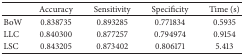
<table><thead><tr><td><b> </b></td><td><b>Accuracy</b></td><td><b>Sensitivity</b></td><td><b>Specificity</b></td><td><b>Time (s)</b></td></tr></thead><tbody><tr><td>BoW</td><td>0.838735</td><td>0.893285</td><td>0.771834</td><td>0.5935</td></tr><tr><td>LLC</td><td>0.840300</td><td>0.877257</td><td>0.794974</td><td>0.9154</td></tr><tr><td>LSC</td><td>0.843205</td><td>0.873402</td><td>0.806171</td><td>5.413</td></tr></tbody></table>